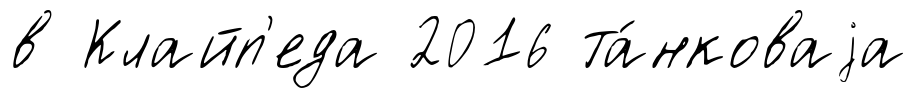
в Клайп'еда 2016 та́нковаjа